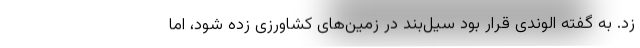
زد. به گفته الوندی قرار بود سیل‌بند در زمین‌های کشاورزی زده شود، اما